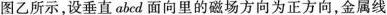
图乙所示，设垂直abed面向里的磁场方向为正方向，金属线